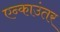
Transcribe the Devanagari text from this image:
एन्काउंतर